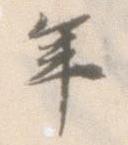
年